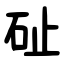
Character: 砋